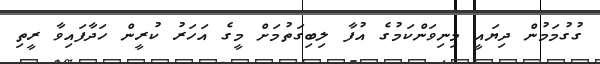
ގުގުމަމުން ދިޔައީ މިނިވަންކަމުގެ އުފާ ލިބިގަތުމަށް މީގެ އަހަރު ކުރީން ހަދާފައިވާ ރީތި